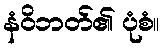
နံဝိဘတ်၏ ပုံစံ။